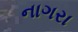
નાગરા